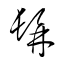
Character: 髯